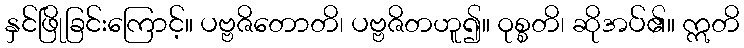
နှင်ဖြိုခြင်းကြောင့်။ ပဗ္ဗဇိတောတိ၊ ပဗ္ဗဇိတဟူ၍။ ဝုစ္စတိ၊ ဆိုအပ်၏။ ဣတိ